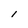
Character: l